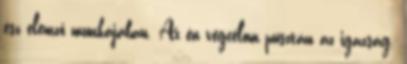
ész elemző munkájában. Az én végcélom pusztán az igazság.